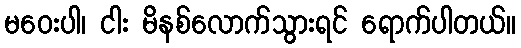
မဝေးပါ၊ ငါး မိနစ်လောက်သွားရင် ရောက်ပါတယ်။